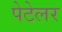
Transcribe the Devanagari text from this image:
पेटेलर